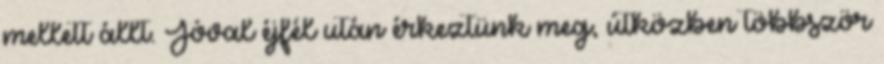
mellett állt. Jóval éjfél után érkeztünk meg, útközben többször